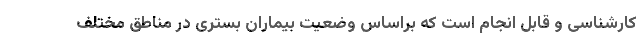
کارشناسی و قابل انجام است که براساس وضعیت بیماران بستری در مناطق مختلف